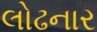
લોઢનાર